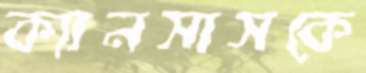
ক্যানসাসকে